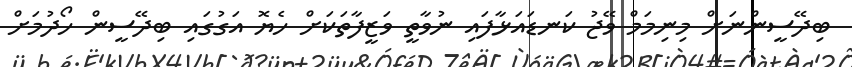
ބިދޭސީންނަށް މިނިމަމް ވޭޖު ކަނޑައަޅާފައި ނުވާތީ ވަޒީފާތަކަށް ހެޔޮ އަގުގައި ބިދޭސީން ހޯދުމަށް